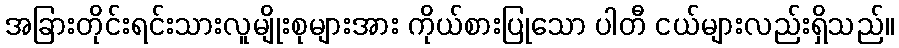
အခြားတိုင်းရင်းသားလူမျိုးစုများအား ကိုယ်စားပြုသော ပါတီ ငယ်များလည်းရှိသည်။